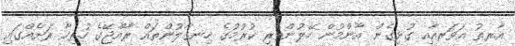
އާރތު އަވަރއާއި ގުޅިގެން އާންމުން ހޭލުންތެރި ކުރުމުގެ ހިނގާލުންތައް ރާއްޖޭގެ ހުރިހާ ރަށެއްގައި